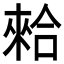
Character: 𠎙